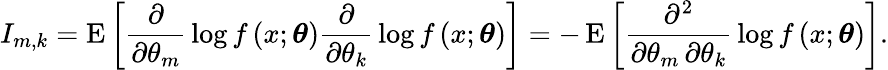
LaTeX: I_{m,k}=\operatorname{E}\left[{\frac{\partial}{\partial\theta_{m}}}\log f\left(x;{\boldsymbol{\theta}}\right){\frac{\partial}{\partial\theta_{k}}}\log f\left(x;{\boldsymbol{\theta}}\right)\right]=-\operatorname{E}\left[{\frac{\partial^{2}}{\partial\theta_{m}\, \partial\theta_{k}}}\log f\left(x;{\boldsymbol{\theta}}\right)\right].